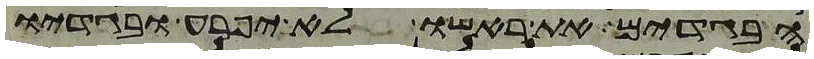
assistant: הבגדים את ראשו לא יפרע ובגדיו